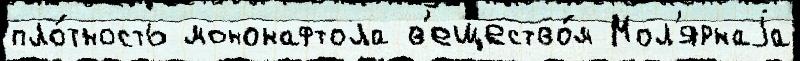
пло́тность мононафтола в'ещество́м Мол'ярнаjа